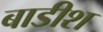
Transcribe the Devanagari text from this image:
बाडीश